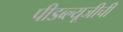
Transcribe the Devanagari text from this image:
पीडब्ल्यूजीची